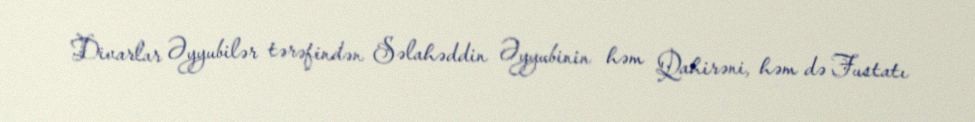
Divarlar Əyyubilər tərəfindən Səlahəddin Əyyubinin həm Qahirəni, həm də Fustatı